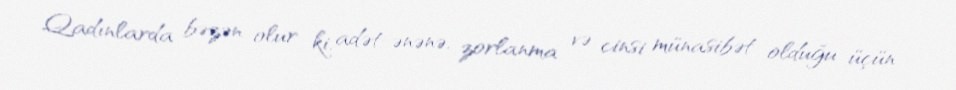
Qadınlarda bəzən olur ki, adət-ənənə, zorlanma və cinsi münasibət olduğu üçün